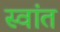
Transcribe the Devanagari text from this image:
स्वांत